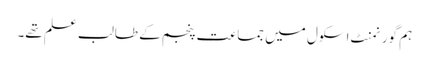
ہم گورنمنٹ اسکول میں جماعت پنجم کے طالب علم تھے۔